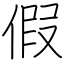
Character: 假